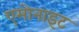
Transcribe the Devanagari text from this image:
एमोनाइट